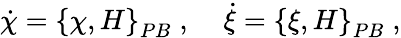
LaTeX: {\dot{\chi}}=\left\{ \chi,H\right\} _{PB}\; ,\; \; \; \; {\dot{\xi}}=\left\{ \xi,H\right\} _{PB}\; ,